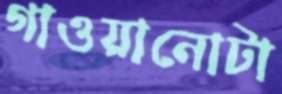
গাওয়ানোটা